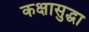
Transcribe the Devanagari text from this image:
कक्षासुद्धा